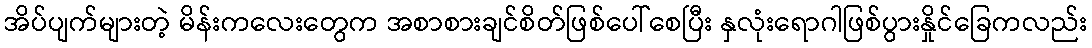
အိပ်ပျက်များတဲ့ မိန်းကလေးတွေက အစာစားချင်စိတ်ဖြစ်ပေါ်စေပြီး နှလုံးရောဂါဖြစ်ပွားနှိုင်ခြေကလည်း